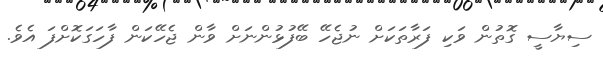
ސިޔާސީ ގޮތުން ވަކި ފަރާތަކަށް ނުޖެހޭ ބޭފުޅުންނަށް ވާން ޖެހޭކަން ފާހަގަކޮށްފަ އެވެ.